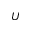
U